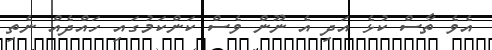
އެވެ ތާސް ކުޅެ އަދި އެ ނޫން ވެސް ކަންކަމުގައި ހައްދެއް ނެތި